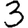
Digit: 3